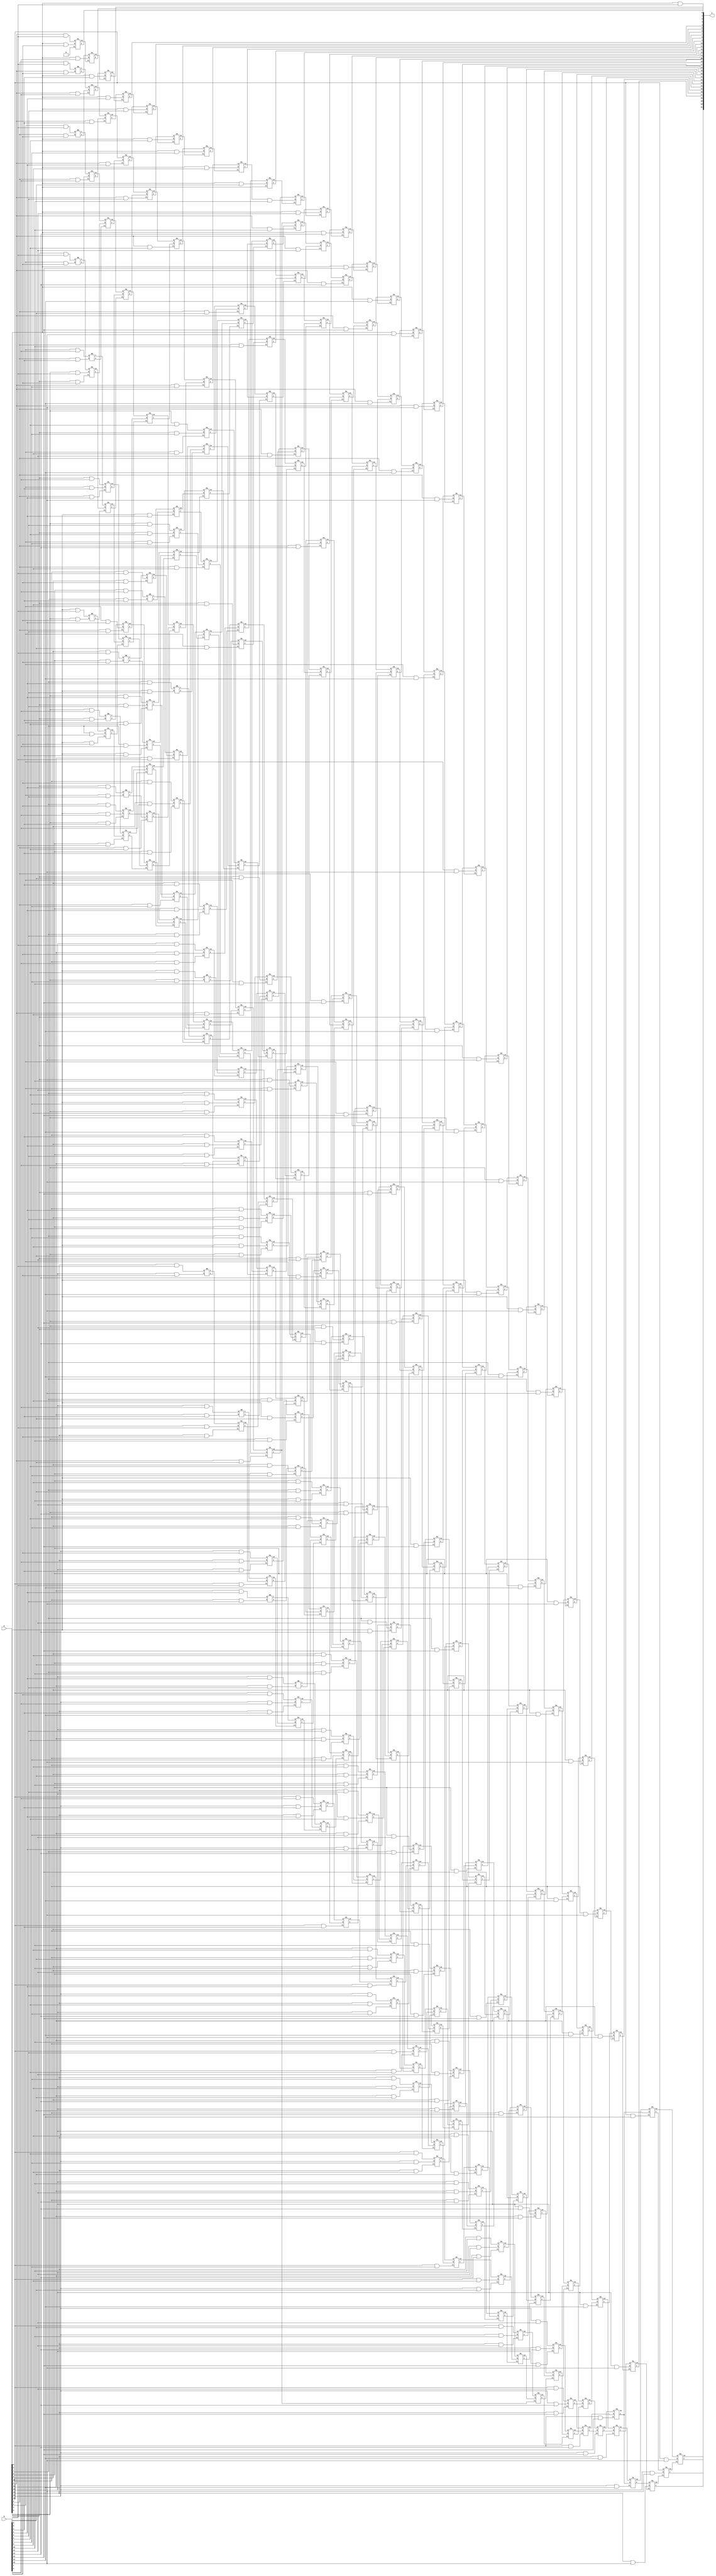
module dadda_16(output [31:0]y, input [15:0]a,b);
wire [14:0] hs,hc;
wire [194:0] fs,fc;
wire [255:0]p;
wire [30:1]c;
genvar i,j;
generate
for(i=0; i<16; i=i+1) begin: pr
	for(j=0; j<16; j=j+1)begin:pc
		assign p[i+(j*16)] = a[i] & b[j]; 		//Partial Product Generation
	end
end
endgenerate
	
//Reduction Stage 1: Dj = 13
HA h0 (hs[0], hc[0], p[13], p[28]);	
FA f0 (fs[0], fc[0], hc[0], p[14], p[29]);
HA h1 (hs[1], hc[1], p[44], p[59]);
FA f1 (fs[1], fc[1], hc[1], fc[0], p[15]);
FA f2 (fs[2], fc[2], p[30], p[45], p[60]);
HA h2 (hs[2], hc[2], p[75], p[90]);
FA f3 (fs[3], fc[3], hc[2], fc[2], fc[1]);
FA f4 (fs[4], fc[4], p[31], p[46], p[61]);
HA h3 (hs[3], hc[3], p[76], p[91]);
FA f5 (fs[5], fc[5], hc[3], fc[4], fc[3]);
FA f6 (fs[6], fc[6], p[47], p[62], p[77]);
FA f7 (fs[7], fc[7], fc[6], fc[5], p[63]);
	
//Reduction Stage 2: Dj = 9
HA h4 (hs[4], hc[4], p[9], p[24]);
FA f8 (fs[8], fc[8], hc[4], p[10], p[25]);
HA h5 (hs[5], hc[5], p[40], p[55]);
FA f9 (fs[9], fc[9], hc[5], fc[8], p[11]);
FA f10 (fs[10], fc[10], p[26], p[41], p[56]);
HA h6 (hs[6], hc[6], p[71], p[86]);
FA f11 (fs[11], fc[11], hc[6], fc[10], fc[9]);
FA f12 (fs[12], fc[12], p[12], p[27], p[42]);
FA f13 (fs[13], fc[13], p[57], p[72], p[87]);
HA h7 (hs[7], hc[7], p[102], p[117]);
FA f14 (fs[14], fc[14], hc[7], fc[13], fc[12]);
FA f15 (fs[15], fc[15], fc[11], hs[0], p[43]);
FA f16 (fs[16], fc[16], p[58], p[73], p[88]);
FA f17 (fs[17], fc[17], p[103], p[118], p[133]);
FA f18 (fs[18], fc[18], fc[17], fc[16], fc[15]);
FA f19 (fs[19], fc[19], fc[14], fs[0], hs[1]);
FA f20 (fs[20], fc[20], p[74], p[89], p[104]);
FA f21 (fs[21], fc[21], p[119], p[134], p[149]);
FA f22 (fs[22], fc[22], fc[21], fc[20], fc[19]);
FA f23 (fs[23], fc[23], fc[18], fs[2], fs[1]);
FA f24 (fs[24], fc[24], hs[2], p[105], p[120]);
FA f25 (fs[25], fc[25], p[135], p[150], p[165]);
FA f26 (fs[26], fc[26], fc[25], fc[24], fc[23]);
FA f27 (fs[27], fc[27], fc[22], fs[4], fs[3]);
FA f28 (fs[28], fc[28], hs[3], p[106], p[121]);
FA f29 (fs[29], fc[29], p[136], p[151], p[166]);
FA f30 (fs[30], fc[30], fc[29], fc[28], fc[27]);
FA f31 (fs[31], fc[31], fc[26], fs[6], fs[5]);
FA f32 (fs[32], fc[32], p[92], p[107], p[122]);
FA f33 (fs[33], fc[33], p[137], p[152], p[167]);
FA f34 (fs[34], fc[34], fc[33], fc[32], fc[31]);
FA f35 (fs[35], fc[35], fc[30], fs[7], p[78]);
FA f36 (fs[36], fc[36], p[93], p[108], p[123]);
FA f37 (fs[37], fc[37], p[138], p[153], p[168]);
FA f38 (fs[38], fc[38], fc[37], fc[36], fc[35]);
FA f39 (fs[39], fc[39], fc[34], fc[7], p[79]);
FA f40 (fs[40], fc[40], p[94], p[109], p[124]);
FA f41 (fs[41], fc[41], p[139], p[154], p[169]);
FA f42 (fs[42], fc[42], fc[41], fc[40], fc[39]);
FA f43 (fs[43], fc[43], fc[38], p[95], p[110]);
FA f44 (fs[44], fc[44], p[125], p[140], p[155]);
FA f45 (fs[45], fc[45], fc[44], fc[43], fc[42]);
FA f46 (fs[46], fc[46], p[111], p[126], p[141]);
FA f47 (fs[47], fc[47], fc[46], fc[45], p[127]);
	
//Reduction Stage 3: Dj = 6
HA h8 (hs[8], hc[8], p[6], p[21]);
FA f48 (fs[48], fc[48], hc[8], p[7], p[22]);
HA h9 (hs[9], hc[9], p[37], p[52]);
FA f49 (fs[49], fc[49], hc[9], fc[48], p[8]);
FA f50 (fs[50], fc[50], p[23], p[38], p[53]);
HA h10 (hs[10], hc[10], p[68], p[83]);
FA f51 (fs[51], fc[51], hc[10], fc[50], fc[49]);
FA f52 (fs[52], fc[52], hs[4], p[39], p[54]);
FA f53 (fs[53], fc[53], p[69], p[84], p[99]);
FA f54 (fs[54], fc[54], fc[53], fc[52], fc[51]);
FA f55 (fs[55], fc[55], fs[8], hs[5], p[70]);
FA f56 (fs[56], fc[56], p[85], p[100], p[115]);
FA f57 (fs[57], fc[57], fc[56], fc[55], fc[54]);
FA f58 (fs[58], fc[58], fs[9], fs[10], hs[6]);
FA f59 (fs[59], fc[59], p[101], p[116], p[131]);
FA f60 (fs[60], fc[60], fc[59], fc[58], fc[57]);
FA f61 (fs[61], fc[61], fs[11], fs[12], fs[13]);
FA f62 (fs[62], fc[62], hs[7], p[132], p[147]);
FA f63 (fs[63], fc[63], fc[62], fc[61], fc[60]);
FA f64 (fs[64], fc[64], fs[14], fs[15], fs[16]);
FA f65 (fs[65], fc[65], fs[17], p[148], p[163]);
FA f66 (fs[66], fc[66], fc[65], fc[64], fc[63]);
FA f67 (fs[67], fc[67], fs[18], fs[19], fs[20]);
FA f68 (fs[68], fc[68], fs[21], p[164], p[179]);
FA f69 (fs[69], fc[69], fc[68], fc[67], fc[66]);
FA f70 (fs[70], fc[70], fs[22], fs[23], fs[24]);
FA f71 (fs[71], fc[71], fs[25], p[180], p[195]);
FA f72 (fs[72], fc[72], fc[71], fc[70], fc[69]);
FA f73 (fs[73], fc[73], fs[26], fs[27], fs[28]);
FA f74 (fs[74], fc[74], fs[29], p[181], p[196]);
FA f75 (fs[75], fc[75], fc[74], fc[73], fc[72]);
FA f76 (fs[76], fc[76], fs[30], fs[31], fs[32]);
FA f77 (fs[77], fc[77], fs[33], p[182], p[197]);
FA f78 (fs[78], fc[78], fc[77], fc[76], fc[75]);
FA f79 (fs[79], fc[79], fs[34], fs[35], fs[36]);
FA f80 (fs[80], fc[80], fs[37], p[183], p[198]);
FA f81 (fs[81], fc[81], fc[80], fc[79], fc[78]);
FA f82 (fs[82], fc[82], fs[38], fs[39], fs[40]);
FA f83 (fs[83], fc[83], fs[41], p[184], p[199]);
FA f84 (fs[84], fc[84], fc[83], fc[82], fc[81]);
FA f85 (fs[85], fc[85], fs[42], fs[43], fs[44]);
FA f86 (fs[86], fc[86], p[170], p[185], p[200]);
FA f87 (fs[87], fc[87], fc[86], fc[85], fc[84]);
FA f88 (fs[88], fc[88], fs[45], fs[46], p[156]);
FA f89 (fs[89], fc[89], p[171], p[186], p[201]);
FA f90 (fs[90], fc[90], fc[89], fc[88], fc[87]);
FA f91 (fs[91], fc[91], fs[47], p[142], p[157]);
FA f92 (fs[92], fc[92], p[172], p[187], p[202]);
FA f93 (fs[93], fc[93], fc[92], fc[91], fc[90]);
FA f94 (fs[94], fc[94], fc[47], p[143], p[158]);
FA f95 (fs[95], fc[95], p[173], p[188], p[203]);
FA f96 (fs[96], fc[96], fc[95], fc[94], fc[93]);
FA f97 (fs[97], fc[97], p[159], p[174], p[189]);
FA f98 (fs[98], fc[98], fc[97], fc[96], fc[175]);
	
//Reduction Stage 4: Dj = 4
HA h11 (hs[11], hc[11], p[4], p[19]);
FA f99 (fs[99], fc[99], hc[11], p[5], p[20]);
HA h12 (hs[12], hc[12], p[35], p[50]);
FA f100 (fs[100], fc[100], hc[12], fc[99], hs[8]);
FA f101 (fs[101], fc[101], p[36], p[51], p[66]);
FA f102 (fs[102], fc[102], fc[101], fc[100], fs[48]);
FA f103 (fs[103], fc[103], hs[9], p[67], p[82]);
FA f104 (fs[104], fc[104], fc[103], fc[102], fs[49]);
FA f105 (fs[105], fc[105], fs[50], hs[10], p[98]);
FA f106 (fs[106], fc[106], fc[105], fc[104], fs[51]);
FA f107 (fs[107], fc[107], fs[52], fs[53], p[114]);
FA f108 (fs[108], fc[108], fc[107], fc[106], fs[54]);
FA f109 (fs[109], fc[109], fs[55], fs[56], p[130]);
FA f110 (fs[110], fc[110], fc[109], fc[108], fs[57]);
FA f111 (fs[111], fc[111], fs[58], fs[59], p[146]);
FA f112 (fs[112], fc[112], fc[111], fc[110], fs[60]);
FA f113 (fs[113], fc[113], fs[61], fs[62], p[162]);
FA f114 (fs[114], fc[114], fc[113], fc[112], fs[63]);
FA f115 (fs[115], fc[115], fs[64], fs[65], p[178]);
FA f116 (fs[116], fc[116], fc[115], fc[114], fs[66]);
FA f117 (fs[117], fc[117], fs[67], fs[68], p[194]);
FA f118 (fs[118], fc[118], fc[117], fc[116], fs[69]);
FA f119 (fs[119], fc[119], fs[70], fs[71], p[210]);
FA f120 (fs[120], fc[120], fc[119], fc[118], fs[72]);
FA f121 (fs[121], fc[121], fs[73], fs[74], p[211]);
FA f122 (fs[122], fc[122], fc[121], fc[120], fs[75]);
FA f123 (fs[123], fc[123], fs[76], fs[77], p[212]);
FA f124 (fs[124], fc[124], fc[123], fc[122], fs[78]);
FA f125 (fs[125], fc[125], fs[79], fs[80], p[213]);
FA f126 (fs[126], fc[126], fc[125], fc[124], fs[81]);
FA f127 (fs[127], fc[127], fs[82], fs[83], p[214]);
FA f128 (fs[128], fc[128], fc[127], fc[126], fs[84]);
FA f129 (fs[129], fc[129], fs[85], fs[86], p[215]);
FA f130 (fs[130], fc[130], fc[129], fc[128], fs[87]);
FA f131 (fs[131], fc[131], fs[88], fs[89], p[216]);
FA f132 (fs[132], fc[132], fc[131], fc[130], fs[90]);
FA f133 (fs[133], fc[133], fs[91], fs[92], p[217]);
FA f134 (fs[134], fc[134], fc[133], fc[132], fs[93]);
FA f135 (fs[135], fc[135], fs[94], fs[95], p[218]);
FA f136 (fs[136], fc[136], fc[135], fc[134], fs[96]);
FA f137 (fs[137], fc[137], fs[97], p[204], p[219]);
FA f138 (fs[138], fc[138], fc[137], fc[136], fs[98]);
FA f139 (fs[139], fc[139], p[190], p[205], p[220]);
FA f140 (fs[140], fc[140], fc[139], fc[138], fc[98]);
FA f141 (fs[141], fc[141], p[191], p[206], p[221]);
FA f142 (fs[142], fc[142], fc[141], fc[140], p[207]);
	
//Reduction Stage 5: Dj = 3
HA h13 (hs[13], hc[13], p[3], p[18]);
FA f143 (fs[143], fc[143], hc[13], hs[11], p[34]);
FA f144 (fs[144], fc[144], fc[143], fs[99], hs[12]);
FA f145 (fs[145], fc[145], fc[144], fs[101], fs[100]);
FA f146 (fs[146], fc[146], fc[145], fs[103], fs[102]);
FA f147 (fs[147], fc[147], fc[146], fs[105], fs[104]);
FA f148 (fs[148], fc[148], fc[147], fs[107], fs[106]);
FA f149 (fs[149], fc[149], fc[148], fs[109], fs[108]);
FA f150 (fs[150], fc[150], fc[149], fs[111], fs[110]);
FA f151 (fs[151], fc[151], fc[150], fs[113], fs[112]);
FA f152 (fs[152], fc[152], fc[151], fs[115], fs[114]);
FA f153 (fs[153], fc[153], fc[152], fs[117], fs[116]);
FA f154 (fs[154], fc[154], fc[153], fs[119], fs[118]);
FA f155 (fs[155], fc[155], fc[154], fs[121], fs[120]);
FA f156 (fs[156], fc[156], fc[155], fs[123], fs[122]);
FA f157 (fs[157], fc[157], fc[156], fs[125], fs[124]);
FA f158 (fs[158], fc[158], fc[157], fs[127], fs[126]);
FA f159 (fs[159], fc[159], fc[158], fs[129], fs[128]);
FA f160 (fs[160], fc[160], fc[159], fs[131], fs[130]);
FA f161 (fs[161], fc[161], fc[160], fs[133], fs[132]);
FA f162 (fs[162], fc[162], fc[161], fs[135], fs[134]);
FA f163 (fs[163], fc[163], fc[162], fs[137], fs[136]);
FA f164 (fs[164], fc[164], fc[163], fs[139], fs[138]);
FA f165 (fs[165], fc[165], fc[164], fs[141], fs[140]);
FA f166 (fs[166], fc[166], fc[165], fs[142], p[222]);
FA f167 (fs[167], fc[167], fc[166], fc[142], p[223]);
	
//Reduction Stage 6: Dj = 2
HA h14 (hs[14], hc[14], p[2], p[17]);
FA f168 (fs[168], fc[168], hc[14], hs[13], p[33]);
FA f169 (fs[169], fc[169], fc[168], fs[143], p[49]);
FA f170 (fs[170], fc[170], fc[169], fs[144], p[65]);
FA f171 (fs[171], fc[171], fc[170], fs[145], p[81]);
FA f172 (fs[172], fc[172], fc[171], fs[146], p[97]);
FA f173 (fs[173], fc[173], fc[172], fs[147], p[113]);
FA f174 (fs[174], fc[174], fc[173], fs[148], p[129]);
FA f175 (fs[175], fc[175], fc[174], fs[149], p[145]);
FA f176 (fs[176], fc[176], fc[175], fs[150], p[161]);
FA f177 (fs[177], fc[177], fc[176], fs[151], p[177]);
FA f178 (fs[178], fc[178], fc[177], fs[152], p[193]);
FA f179 (fs[179], fc[179], fc[178], fs[153], p[209]);
FA f180 (fs[180], fc[180], fc[179], fs[154], p[225]);
FA f181 (fs[181], fc[181], fc[180], fs[155], p[226]);
FA f182 (fs[182], fc[182], fc[181], fs[156], p[227]);
FA f183 (fs[183], fc[183], fc[182], fs[157], p[228]);
FA f184 (fs[184], fc[184], fc[183], fs[158], p[229]);
FA f185 (fs[185], fc[185], fc[184], fs[159], p[230]);
FA f186 (fs[186], fc[186], fc[185], fs[160], p[231]);
FA f187 (fs[187], fc[187], fc[186], fs[161], p[232]);
FA f188 (fs[188], fc[188], fc[187], fs[162], p[233]);
FA f189 (fs[189], fc[189], fc[188], fs[163], p[234]);
FA f190 (fs[190], fc[190], fc[189], fs[164], p[235]);
FA f191 (fs[191], fc[191], fc[190], fs[165], p[236]);
FA f192 (fs[192], fc[192], fc[191], fs[166], p[237]);
FA f193 (fs[193], fc[193], fc[192], fs[167], p[238]);
FA f194 (fs[194], fc[194], fc[193], fs[167], p[239]);
	
//Output Vector Generation
buf r0  (y[0], p[0]);
FA  r1  (y[1], c[1], p[1], p[16], 1'b0);
FA  r2  (y[2], c[2], hs[14], p[32], c[1]);
FA  r3  (y[3], c[3], fs[168], p[48], c[2]);
FA  r4  (y[4], c[4], fs[169], p[64], c[3]);
FA  r5  (y[5], c[5], fs[170], p[80], c[4]);
FA  r6  (y[6], c[6], fs[171], p[96], c[5]);
FA  r7  (y[7], c[7], fs[172], p[112], c[6]);
FA  r8  (y[8], c[8], fs[173], p[128], c[7]);
FA  r9  (y[9], c[9], fs[174], p[144], c[8]);
FA  r10 (y[10], c[10], fs[175], p[160], c[9]);
FA  r11 (y[11], c[11], fs[176], p[176], c[10]);
FA  r12 (y[12], c[12], fs[177], p[192], c[11]);
FA  r13 (y[13], c[13], fs[178], p[208], c[12]);
FA  r14 (y[14], c[14], fs[179], p[224], c[13]);
FA  r15 (y[15], c[15], fs[180], p[240], c[14]);
FA  r16 (y[16], c[16], fs[181], p[241], c[15]);
FA  r17 (y[17], c[17], fs[182], p[242], c[16]);
FA  r18 (y[18], c[18], fs[183], p[243], c[17]);
FA  r19 (y[19], c[19], fs[184], p[244], c[18]);
FA  r20 (y[20], c[20], fs[185], p[245], c[19]);
FA  r21 (y[21], c[21], fs[186], p[246], c[20]);
FA  r22 (y[22], c[22], fs[187], p[247], c[21]);
FA  r23 (y[23], c[23], fs[188], p[248], c[22]);
FA  r24 (y[24], c[24], fs[189], p[249], c[23]);
FA  r25 (y[25], c[25], fs[190], p[250], c[24]);
FA  r26 (y[26], c[26], fs[191], p[251], c[25]);
FA  r27 (y[27], c[27], fs[192], p[252], c[26]);
FA  r28 (y[28], c[28], fs[193], p[253], c[27]);
FA  r29 (y[29], c[29], fs[194], p[254], c[28]);
FA  r30 (y[30], c[30], fc[194], p[255], c[29]);
buf r31 (y[31], c[30]);
endmodule

//Full Adder Module
module FA (output s, co, input a, b, ci);
assign s=a^b^ci;
assign co=(a&b)|(b&ci)|(ci&a);
endmodule 

//Half Adder Module
module HA (output s, c, input a, b);
assign s=a^b;
assign c=a&b;
endmodule